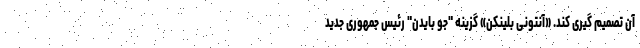
آن تصمیم گیری کند. «آنتونی بلینکن» گزینه "جو بایدن" رئیس جمهوری جدید